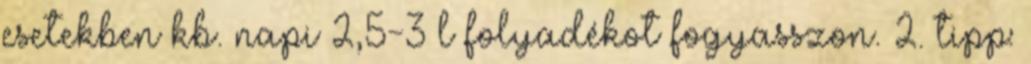
esetekben kb. napi 2,5-3 l folyadékot fogyasszon. 2. tipp: